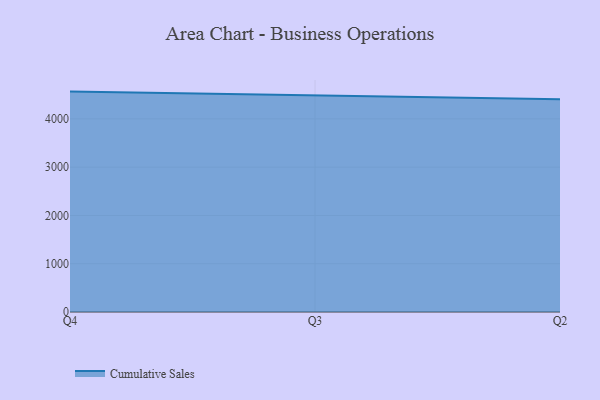
{"axis": {"x": "Quarter", "y": "Energy Usage (MWh)"}, "legend": ["Cumulative Sales"], "data": [{"x": "Q4", "y": 4565.7, "type": "Cumulative Sales"}, {"x": "Q3", "y": 4492.2, "type": "Cumulative Sales"}, {"x": "Q2", "y": 4407.8, "type": "Cumulative Sales"}]}